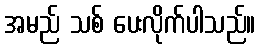
အမည် သစ် ပေးလိုက်ပါသည်။